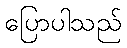
ပြောပါသည်